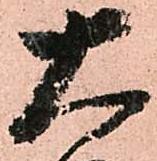
大